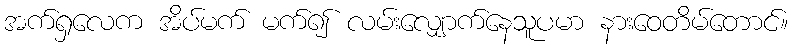
အက်ရှလေက အိပ်မက် မက်၍ လမ်းလျှောက်နေသူပမာ နားဝေတိမ်တောင်။